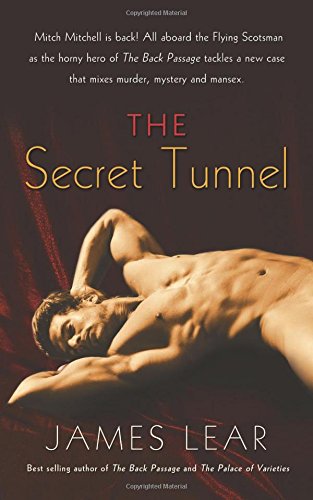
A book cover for The Secret Tunnel; James Lear; Romance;